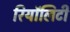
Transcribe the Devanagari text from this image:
रियॉलिटी